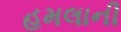
હમલાની